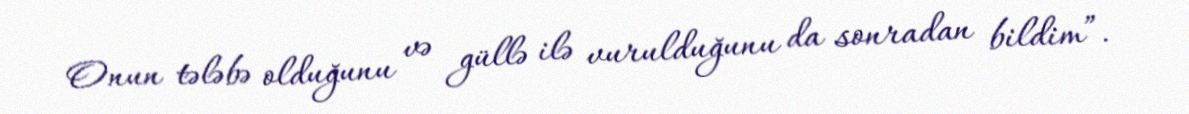
Onun tələbə olduğunu və güllə ilə vurulduğunu da sonradan bildim”.